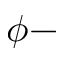
\phi -